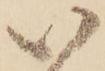
い